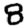
Digit: 8